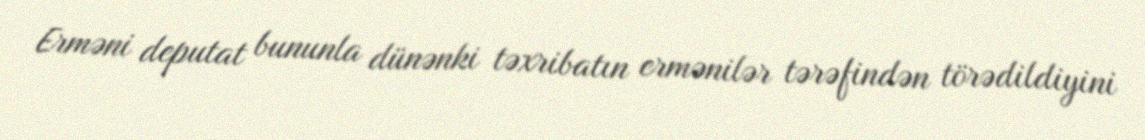
Erməni deputat bununla dünənki təxribatın ermənilər tərəfindən törədildiyini